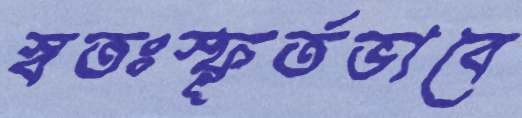
স্বতঃস্ফূর্তভাবে